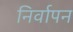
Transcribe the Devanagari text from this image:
निर्वापन